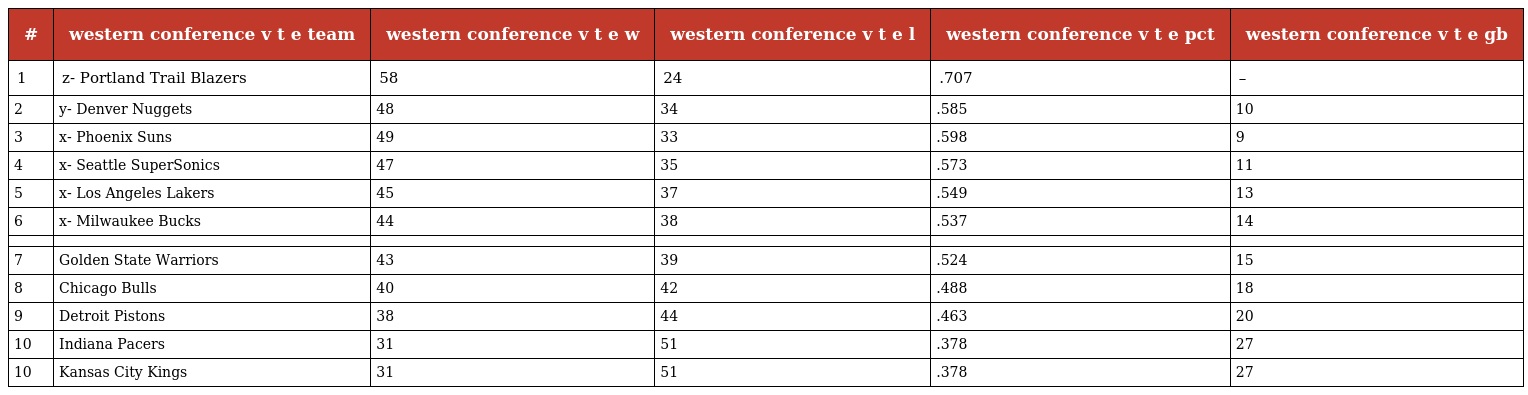
| # | western conference v t e team | western conference v t e w | western conference v t e l | western conference v t e pct | western conference v t e gb |
 | --- | --- | --- | --- | --- | --- |
 | 1 | z- Portland Trail Blazers | 58 | 24 | .707 | – |
 | 2 | y- Denver Nuggets | 48 | 34 | .585 | 10 |
 | 3 | x- Phoenix Suns | 49 | 33 | .598 | 9 |
 | 4 | x- Seattle SuperSonics | 47 | 35 | .573 | 11 |
 | 5 | x- Los Angeles Lakers | 45 | 37 | .549 | 13 |
 | 6 | x- Milwaukee Bucks | 44 | 38 | .537 | 14 |
 |  |  |  |  |  |  |
 | 7 | Golden State Warriors | 43 | 39 | .524 | 15 |
 | 8 | Chicago Bulls | 40 | 42 | .488 | 18 |
 | 9 | Detroit Pistons | 38 | 44 | .463 | 20 |
 | 10 | Indiana Pacers | 31 | 51 | .378 | 27 |
 | 10 | Kansas City Kings | 31 | 51 | .378 | 27 |